Vaccination in the Punjab 1867-1880 - 1867-1880
Year: 1867
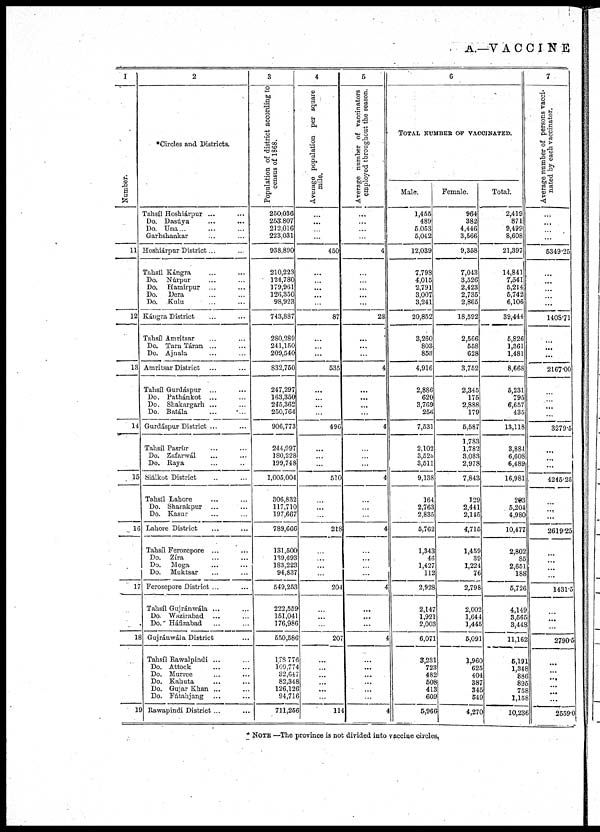
A.—V ACCINE
I
Number.
11
12
18
14
15
16
17
18
19
2
*Circles and Districts.
Tahsíl Hoshiárpur ... ...
Do. Dasuya ... ...
Do. Una... ...
Garhshankar ... ...
Hoshiárpar District...
Tahsíl Kángra ... ...
Do. Núrpur ... ...
Do. Hamirpur ... ...
Do.
Dera ... ...
Do. Kulu
...
...
Kángra District ... ...
Tahsíl Amritsar ... ...
Do. Tarn Táran ... ...
Do. Ajnala ... ...
Amritsar District ... ...
Tahsíl Gurdaspur ... ...
Do. Pathánkot ... ...
Do. Shakargarh ... ...
Do. Batála ... ...
Gurdáspur District ... ...
Tahsíl Pasrur ... ...
Do. Zafarwál ... ...
Do. Raya ... ...
Siálkot District ... ...
Tahsíl Lahore ... ...
Do. Sharakpur ... ...
Do. Kasur ... ...
Lahore District ... ...
Tahsíl Ferozepore ... ...
Do. Zira ... ...
Do. Moga ... ...
Do. Muktsar ... ...
Ferozepore District ... ...
Tahsíl Gujránwála ... ...
Do. Wazirabad ... ...
Do.' Háfizabad ... ...
Gujránwála District ... ...
Tahsíl Rawalpindi ... ...
Do. Attock ... ...
Do. Murrce ... ...
Do. Kahuta ... ...
Do. Gujar Khan ... ...
Do. Fátahjang ... ...
Rawapindi District ... ...
3
Population of district according to
census of 1868.
250,036
253,807
212,016
223,031
938,890
210,223
124,780
179,961
126,350
98,923
743,887
280,289
241,150
209,540
832,750
247,297
163,350
245,362
250,764
906,773
244,997
180,228
199,748
1,005.004
306,832
117,710
197,667
789,666
131,500
139,693
183,223
94,837
549,253
222,559
151,041
176,986
550,586
178,776
109,774
32,647
82,348
126,126
94,716
711,258
4
Average population per square
mile.
...
...
...
...
450
...
...
...
...
...
87
...
...
...
535
...
...
...
...
496
...
...
...
510
...
...
...
218
...
...
...
...
204
...
...
...
207
...
...
...
...
...
...
114
5
Average number of vaccinators
employed throughout the season.
...
...
...
...
4
...
...
...
...
...
28
...
...
...
4
...
...
...
...
4
...
...
...
4
...
...
...
4
...
...
...
...
4
...
...
...
4
...
...
...
...
...
...
4
6
TOTAL NUMBER OF VACCINATED.
Male.
1,455
489
5,053
5,042
12,039
7,798
4,015
2,791
3,007
3,241
20,852
3,260
803
853
4,916
2,886
620
3,769
256
7,531
2,102
3,528
3,511
9,138
164
2,763
2,835
5,762
1,343
46
1,427
112
2,928
2,147
1,921
2,003
6,071
3,231
723
482
508
413
609
5,966
Female.
964
382
4,446
3,566
9,358
7,043
3,526
2,423
2,735
2,865
18,592
2,566
558
628
3,752
2,345
175
2,888
179
5,587
1,783
1,782
3,083
2,978
7,843
129
2,441
2,145
4,715
1,459
39
1,224
76
2,798
2,002
1,644
1,445
5,091
1,960
625
404
387
345
549
4,270
Total.
2,419
871
9,499
8,608
21,397
14,841
7,541
5,214
5,742
6,106
39,444
5,826
1,361
1,481
8,668
5,231
795
6,657
435
13,118
3,884
6,608
6,489
16,981
293
5,204
4,980
10,477
2,802
85
2,651
188
5,726
4,149
3,565
3,448
11,162
5,191
1,348
886
895
758
1,158
10,236
7
Average number of persons vacci-
nated by each vaccinator.
...
...
...
...
5349.25
...
...
...
...
...
1408.71
...
...
...
2167.00
...
...
...
...
3279.5
...
...
...
4245.25
...
...
...
2619.25
...
...
...
...
1431.5
...
...
...
2790.5
...
...
...
...
...
...
2559.0
* NOTE —The province is not divided into vaccine circles,